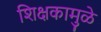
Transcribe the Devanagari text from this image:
शिक्षकामुळे